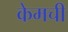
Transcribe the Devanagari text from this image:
केमची